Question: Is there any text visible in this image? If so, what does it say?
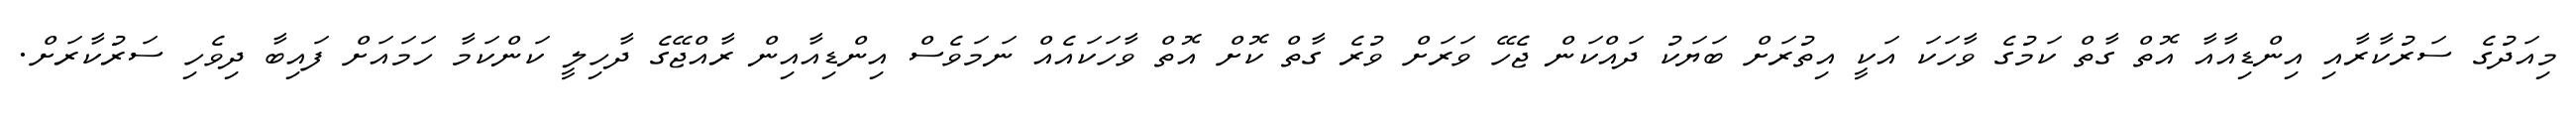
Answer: މިއަދުގެ ސަރުކާރާއި އިންޑިއާއާ އޮތް ގާތް ކަމުގެ ވާހަކަ އަކީ އިތުރަށް ބަޔަކު ދައްކަން ޖެހޭ ވަރަށް ވުރެ ގާތް ކޮށް އޮތް ވާހަކައެއް ނަމަވެސް އިންޑިއާއިން ރާއްޖޭގެ ދާހިލީ ކަންކަމާ ހަމައަށް ފައިބާ ދިވެހި ސަރުކާރަށް.